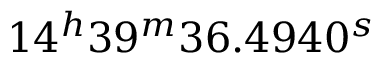
1 4 ^ { h } 3 9 ^ { m } 3 6 . 4 9 4 0 ^ { s }